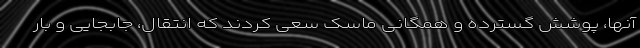
آنها، پوشش گسترده و همگانی ماسک سعی کردند که انتقال، جابجایی و بار